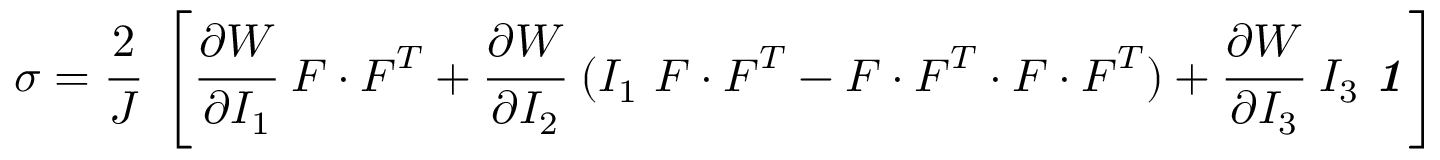
{ \boldsymbol { \sigma } } = { \cfrac { 2 } { J } } ~ \left[ { \cfrac { \partial W } { \partial I _ { 1 } } } ~ { \boldsymbol { F } } \cdot { \boldsymbol { F } } ^ { T } + { \cfrac { \partial W } { \partial I _ { 2 } } } ~ ( I _ { 1 } ~ { \boldsymbol { F } } \cdot { \boldsymbol { F } } ^ { T } - { \boldsymbol { F } } \cdot { \boldsymbol { F } } ^ { T } \cdot { \boldsymbol { F } } \cdot { \boldsymbol { F } } ^ { T } ) + { \cfrac { \partial W } { \partial I _ { 3 } } } ~ I _ { 3 } ~ { \boldsymbol { \mathit { 1 } } } \right]